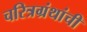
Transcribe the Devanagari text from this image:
चरित्रग्रंथांची